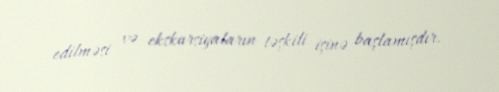
edilməsi və ekskursiyaların təşkili işinə başlamışdır.